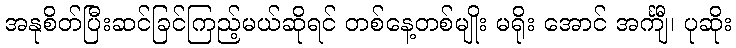
အနုစိတ်ပြီးဆင်ခြင်ကြည့်မယ်ဆိုရင် တစ်နေ့တစ်မျိုး မရိုး အောင် အင်္ကျီ၊ ပုဆိုး